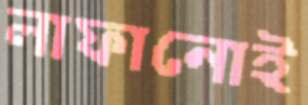
লাফানোই